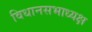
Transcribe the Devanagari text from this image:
विधानसभाध्यक्ष